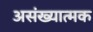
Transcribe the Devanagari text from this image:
असंख्यात्मक